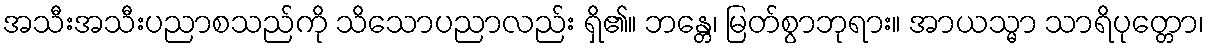
အသီးအသီးပညာစသည်ကို သိသောပညာလည်း ရှိ၏။ ဘန္တေ၊ မြတ်စွာဘုရား။ အာယသ္မာ သာရိပုတ္တော၊